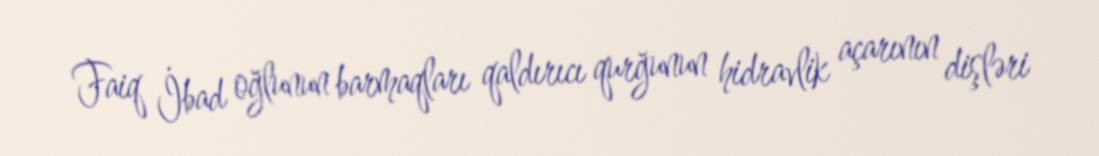
Faiq İbad oğlunun barmaqları qaldırıcı qurğunun hidravlik açarının dişləri